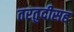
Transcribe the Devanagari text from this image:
तरतुदीसह